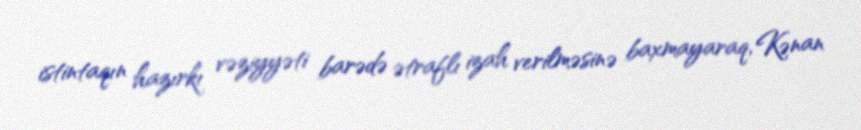
istintaqın hazırkı vəziyyəti barədə ətraflı izah verilməsinə baxmayaraq, Kənan